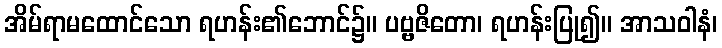
အိမ်ရာမထောင်သော ရဟန်း၏ဘောင်၌။ ပဗ္ဗဇိတော၊ ရဟန်းပြု၍။ အာသဝါနံ၊